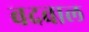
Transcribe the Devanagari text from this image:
बदवाल